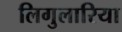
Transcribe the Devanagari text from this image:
लिगुलारिया